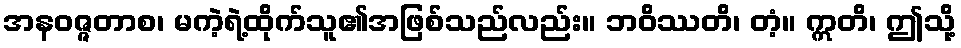
အနဝဇ္ဇတာစ၊ မကဲ့ရဲ့ထိုက်သူ၏အဖြစ်သည်လည်း။ ဘဝိဿတိ၊ တံ့။ ဣတိ၊ ဤသို့